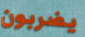
يضربون